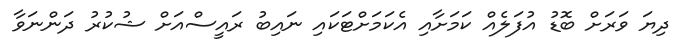
ދިޔަ ވަރަށް ބޮޑު އުފަލެއް ކަމަށާއި އެކަމަށްޓަކައި ނައިބު ރައީސްއަށް ޝުކުރު ދަންނަވާ